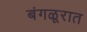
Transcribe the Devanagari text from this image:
बंगळूरात